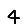
Digit: 4